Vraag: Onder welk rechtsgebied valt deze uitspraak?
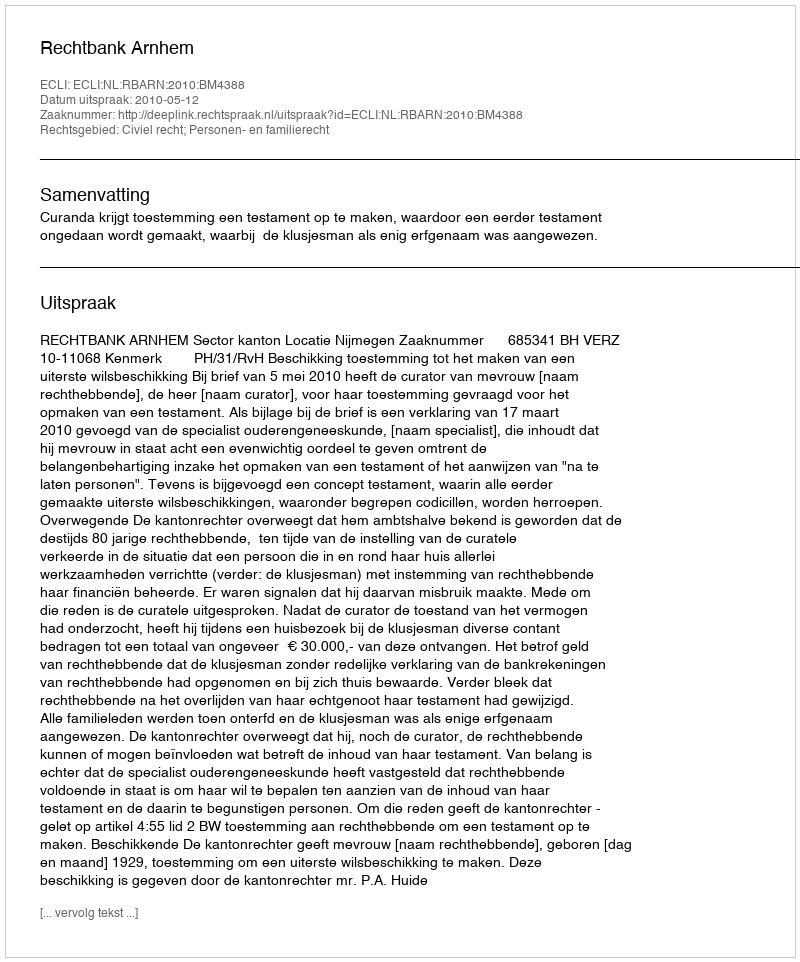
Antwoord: Civiel recht; Personen- en familierecht